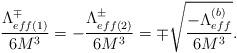
LaTeX: \begin{align*}\frac{\Lambda_{eff(1)}^{\mp}}{6M^3}=-\frac{\Lambda_{eff(2)}^{\pm}}{6M^3}=\mp \sqrt{\frac{-\Lambda_{eff}^{(b)}}{6M^3}}.\end{align*}